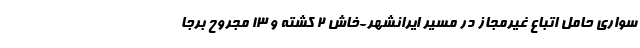
سواری حامل اتباع غیرمجاز در مسیر ایرانشهر-خاش ۲ کشته و ۱۳ مجروح برجا